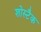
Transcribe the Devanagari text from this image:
शोस्टैक